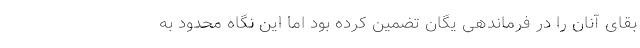
بقای آنان را در فرماندهی یگان تضمین کرده بود اما این نگاه محدود به